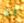
لهنا